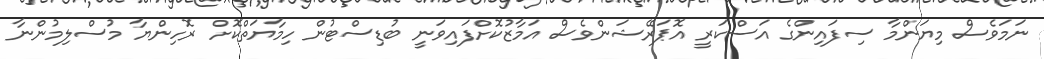
ނަމަވެސް މިޔަންމާ ސިފައިންގެ އަސްކަރީ އޮޕަރޭޝަންވެސް އަމާޒުކޮށްފައިވަނީ ބުޑިސްޓުން ހިމާޔަތްކޮށް ރޮހިންޔާ މުސްލިމުންނާ